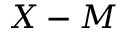
X - M